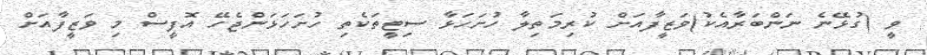
ވީ (ގުޅޭނެ ނަންބަރާއެކު)ވަޒީފާއަށް ކުރިމަތިލާ ހުށަހަޅާ ސިޓީތަކެތި ހުށަހަޅަންޖެހޭ އޮފީސް މި ވަޒީފާއަށް